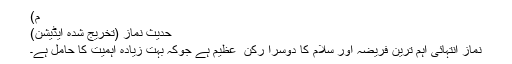
م)
حدیث نماز (تخریج شدہ ایڈیشن)
نماز انتہائی اہم ترین فریضہ اور سلام کا دوسرا رکن ِ عظیم ہے جوکہ بہت زیادہ اہمیت کا حامل ہے۔